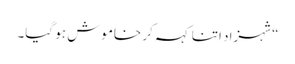
“شہزاد اتنا کہہ کر خاموش ہو گیا۔